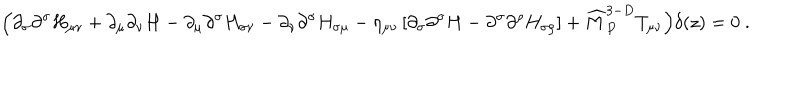
LaTeX: \Big ( \partial _ { \sigma } \partial ^ { \sigma } H _ { \mu \nu } + \partial _ { \mu } \partial _ { \nu } H - \partial _ { \mu } \partial ^ { \sigma } H _ { \sigma \nu } - \partial _ { \nu } \partial ^ { \sigma } H _ { \sigma \mu } - \eta _ { \mu \nu } \left[ \partial _ { \sigma } \partial ^ { \sigma } H - \partial ^ { \sigma } \partial ^ { \rho } H _ { \sigma \rho } \right] + { \widehat M } _ { P } ^ { 3 - D } T _ { \mu \nu } \Big ) \delta ( z ) = 0 ~ .